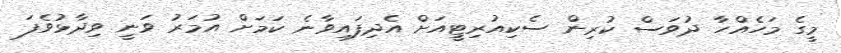
މީގެ މަހެއްހާ ދުވަސް ކުރިން ސެކިއުރިޓީއަށް އެދިފައިވާނެ ކަމަށް އުމަރު ވަނީ ވިދާޅުވެފަ